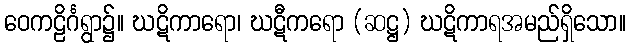
ဝေကဠိင်္ဂရွာ၌။ ဃဋိကာရော၊ ဃဋီကရော (ဆဋ္ဌ) ဃဋိကာရအမည်ရှိသော။